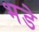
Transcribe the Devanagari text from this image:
भडे